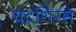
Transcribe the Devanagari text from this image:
चंद्रशिरसे